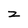
Character: z